Lunatic asylums Central Provinces reports 1886-1894 - 1886-1894
Year: 1886
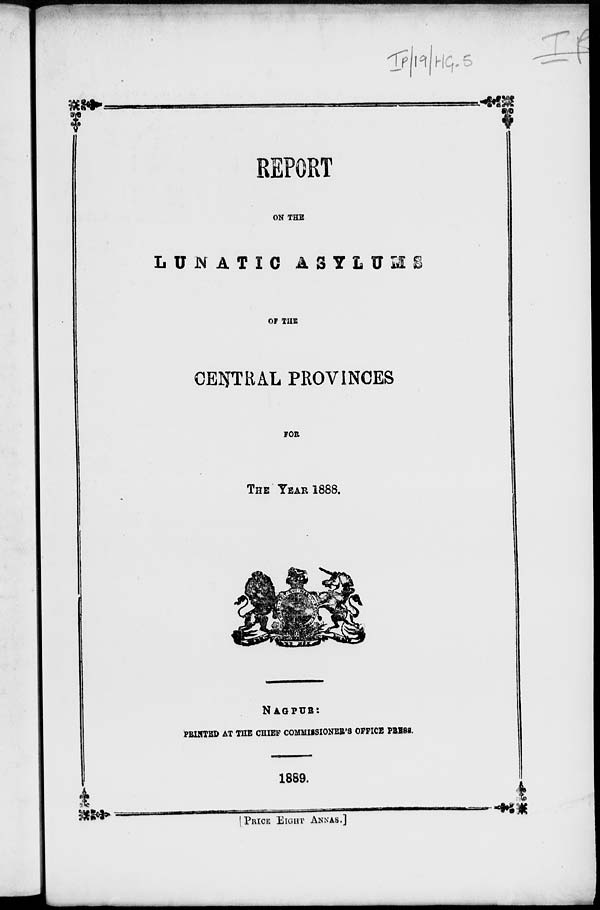
REPORT
ON THE
LUNATIC
ASYLUMS
OF THE
CENTRAL PROVINCES
FOR
THE YEAR 1888.
N A G P U R :
PRINTED AT THE CHIEF COMMISSIONER'S OFFICE PRESS.
1889.
[ PRICE EIGHT ANNAS.]